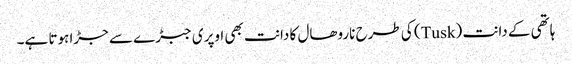
ہاتھی کے دانت (Tusk) کی طرح ناروھال کا دانت بھی اوپری جبڑے سے جڑا ہوتا ہے۔